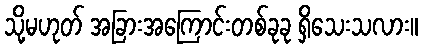
သို့မဟုတ် အခြားအကြောင်းတစ်ခုခု ရှိသေးသလား။